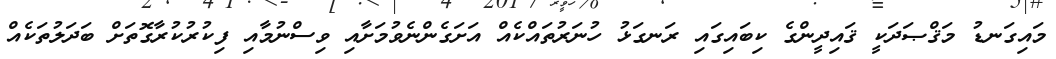
މައިގަނޑު މަޤްޞަދަކީ ޤައިދީންގެ ކިބައިގައި ރަނގަޅު ހުނަރުތައްކެއް އަށަގެންނެވުމަށާއި ވިސްނުމާއި ފިކުރުކުރާގޮތަށް ބަދަލުތަކެއް